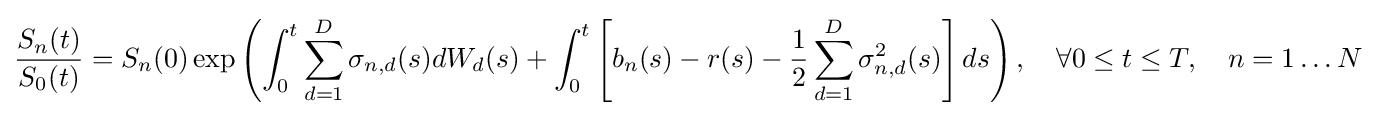
{\frac {S_{n}(t)}{S_{0}(t)}}=S_{n}(0)\exp \left(\int _{0}^{t}\sum _{d=1}^{D}\sigma _{n,d}(s)dW_{d}(s)+\int _{0}^{t}\left[b_{n}(s)-r(s)-{\frac {1}{2}}\sum _{d=1}^{D}\sigma _{n,d}^{2}(s)\right]ds\right),\quad \forall 0\leq t\leq T,\quad n=1\ldots N